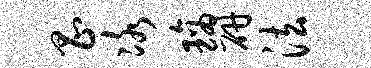
昌冰璃研法